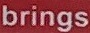
brings